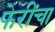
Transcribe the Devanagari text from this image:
फेरींचा